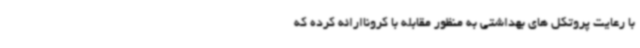
با رعایت پروتکل های بهداشتی به منظور مقابله با کروناارائه کرده که